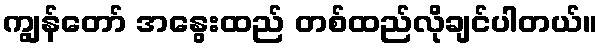
ကျွန်တော် အနွေးထည် တစ်ထည်လိုချင်ပါတယ်။